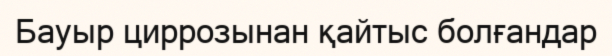
Бауыр циррозынан қайтыс болғандар